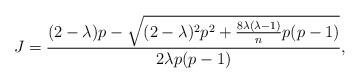
LaTeX: \begin{align*}J=\frac{(2-\lambda)p-\sqrt{(2-\lambda)^{2}p^{2}+\frac{8\lambda(\lambda-1)}{n}p(p-1)}}{2\lambda p(p-1)},\end{align*}